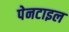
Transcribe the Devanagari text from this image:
पेनटाइल